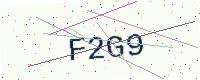
Text: F2G9